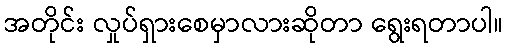
အတိုင်း လှုပ်ရှားစေမှာလားဆိုတာ ရွေးရတာပါ။